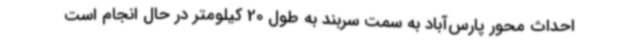
احداث محور پارس‌آباد به سمت سربند به طول 20 کیلومتر در حال انجام است